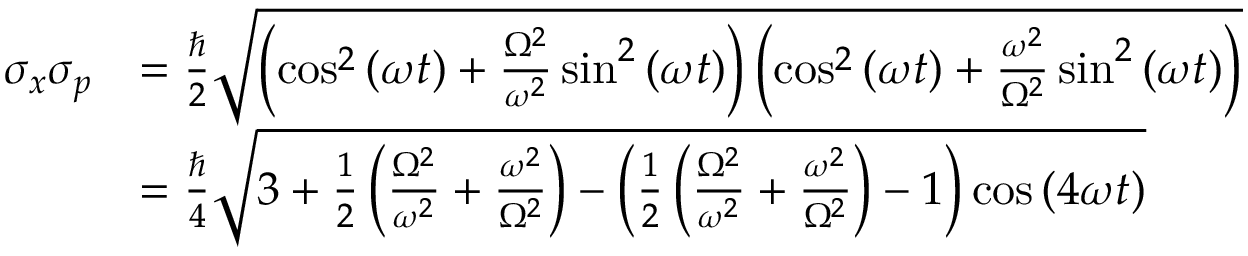
{ \begin{array} { r l } { \sigma _ { x } \sigma _ { p } } & { = { \frac { \hbar } { 2 } } { \sqrt { \left( \cos ^ { 2 } { ( \omega t ) } + { \frac { \Omega ^ { 2 } } { \omega ^ { 2 } } } \sin ^ { 2 } { ( \omega t ) } \right) \left( \cos ^ { 2 } { ( \omega t ) } + { \frac { \omega ^ { 2 } } { \Omega ^ { 2 } } } \sin ^ { 2 } { ( \omega t ) } \right) } } } \\ & { = { \frac { \hbar } { 4 } } { \sqrt { 3 + { \frac { 1 } { 2 } } \left( { \frac { \Omega ^ { 2 } } { \omega ^ { 2 } } } + { \frac { \omega ^ { 2 } } { \Omega ^ { 2 } } } \right) - \left( { \frac { 1 } { 2 } } \left( { \frac { \Omega ^ { 2 } } { \omega ^ { 2 } } } + { \frac { \omega ^ { 2 } } { \Omega ^ { 2 } } } \right) - 1 \right) \cos { ( 4 \omega t ) } } } } \end{array} }